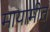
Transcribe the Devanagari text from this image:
मायामीत